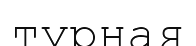
турная